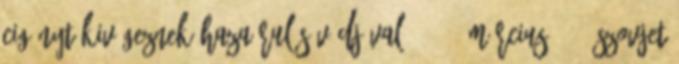
cigányt kivégeznek hazaárulás vádjával. 1945. március 9. - Szovjet